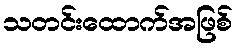
သတင်းထောက်အဖြစ်